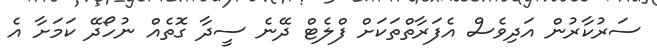
ސަރުކާރުން އަދިވެސް އެފަރާތްތަކަށް ފްލެޓް ދޭނެ ސީދާ ގޮތެއް ނުހޯދޭ ކަމަށާ އެ